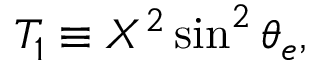
T _ { 1 } \equiv X ^ { 2 } \sin ^ { 2 } \theta _ { e } ,